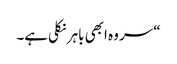
“ سر وہ ابھی باہر نکلی ہے۔